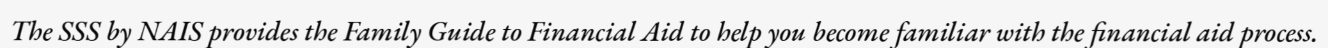
The SSS by NAIS provides the Family Guide to Financial Aid to help you become familiar with the financial aid process.